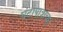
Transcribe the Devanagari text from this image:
घंटापात्राच्या